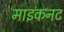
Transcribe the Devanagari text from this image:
माइकनट